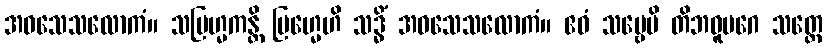
အဝသေသလောကံ။ သဗြဟ္မကန္တိ ဗြဟ္မေဟိ သဒ္ဓိံ အဝသေသလောကံ။ ဧဝံ သဗ္ဗေပိ တိဘဝူပဂေ သတ္တေ